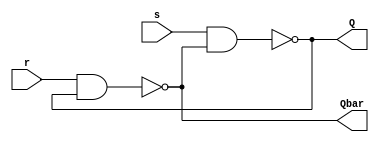
module latch_sr(Q,Qbar,s,r);
    input s,r;
    output Q,Qbar;
nand n1(Q, s, Qbar);
nand n2(Qbar, r, Q);
endmodule